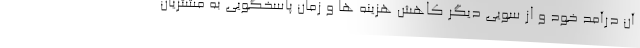
آن درآمد خود و از سویی دیگر کاهش هزینه ­ها و زمان پاسخگویی به مشتریان